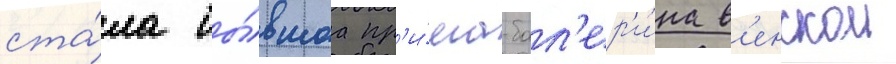
ста́ла бы́вшаа пр'и́ма-бал'ер'и́на в'енскои